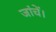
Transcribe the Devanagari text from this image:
जांचें।